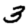
Digit: 3